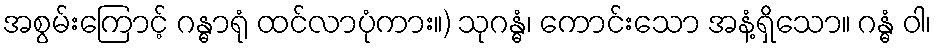
အစွမ်းကြောင့် ဂန္ဓာရုံ ထင်လာပုံကား။) သုဂန္ဓံ၊ ကောင်းသော အနံ့ရှိသော။ ဂန္ဓံ ဝါ၊